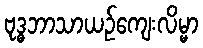
ဗုဒ္ဓဘာသာယဉ်ကျေးလိမ္မာ